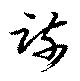
疏